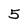
Character: 5